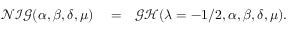
\begin{array} { r l r } { \mathcal { N I G } ( \alpha , \beta , \delta , \mu ) } & { { } = } & { \mathcal { G H } ( \lambda = - 1 / 2 , \alpha , \beta , \delta , \mu ) . } \end{array}